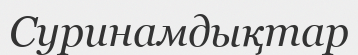
Суринамдықтар